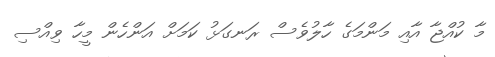
މާ ކުއްޖާ އާއި މަންމަގެ ހާލުވެސް ރަނގަޅު ކަމަށް އަންހެން މީހާ ވިއްސި